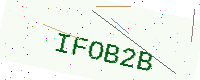
Text: IFOB2B